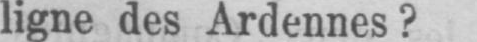
ligne des Ardennes?